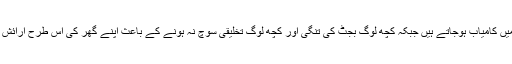
اس کوشش میں بہت سارے لوگ اپنے لیے ’خوابوں کا گھر‘ سجانے میں کامیاب ہوجاتے ہیں جبکہ کچھ لوگ بجٹ کی تنگی اور کچھ لوگ تخلیقی سوچ نہ ہونے کے باعث اپنے گھر کی اس طرح آرائش نہیں کرپاتے کہ وہ بجٹ کے اندر ہوتے ہوئے خوبصورت بھی لگے۔